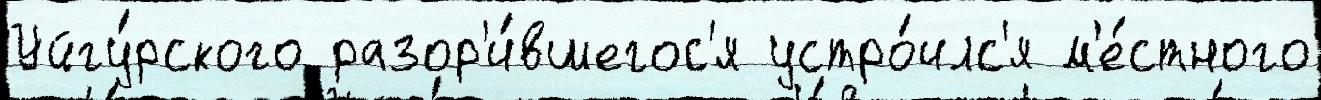
Уйгу́рского разор'и́вшегос'я устро́илс'я м'е́стного